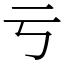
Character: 亏